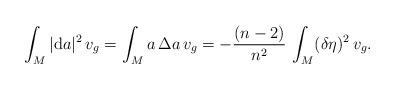
LaTeX: \begin{align*} \int _M |{\rm d} a| ^2 \, v _g = \int _M a \, \Delta a \, v _g= - \frac{(n - 2)}{n^2} \, \int _M (\delta \eta) ^2 \, v _g. \end{align*}